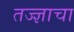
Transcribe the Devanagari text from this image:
तज्ज्ञाचा